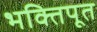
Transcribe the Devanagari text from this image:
भक्तिपूत